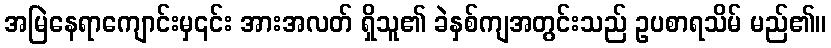
အမြဲနေရာကျောင်းမှ၎င်း အားအလတ် ရှိသူ၏ ခဲနှစ်ကျအတွင်းသည် ဥပစာရသိမ် မည်၏။